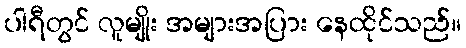
ပါရီတွင် လူမျိုး အများအပြား နေထိုင်သည်။